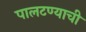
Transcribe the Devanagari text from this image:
पालटण्याची